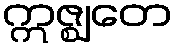
ဣဇ္ဈတေ